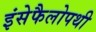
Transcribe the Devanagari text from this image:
इंसेफैलोपथी